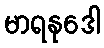
မာရနုဒေါ